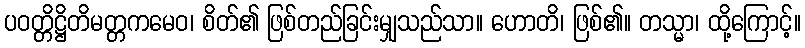
ပဝတ္တိဋ္ဌိတိမတ္တကမေဝ၊ စိတ်၏ ဖြစ်တည်ခြင်းမျှသည်သာ။ ဟောတိ၊ ဖြစ်၏။ တသ္မာ၊ ထို့ကြောင့်။